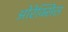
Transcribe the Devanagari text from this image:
ओरेक्सिस